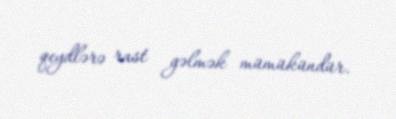
qeydlərə rast gəlmək mümükündür.